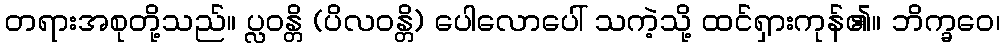
တရားအစုတို့သည်။ ပ္လဝန္တိ (ပိလဝန္တိ) ပေါလောပေါ် သကဲ့သို့ ထင်ရှားကုန်၏။ ဘိက္ခဝေ၊